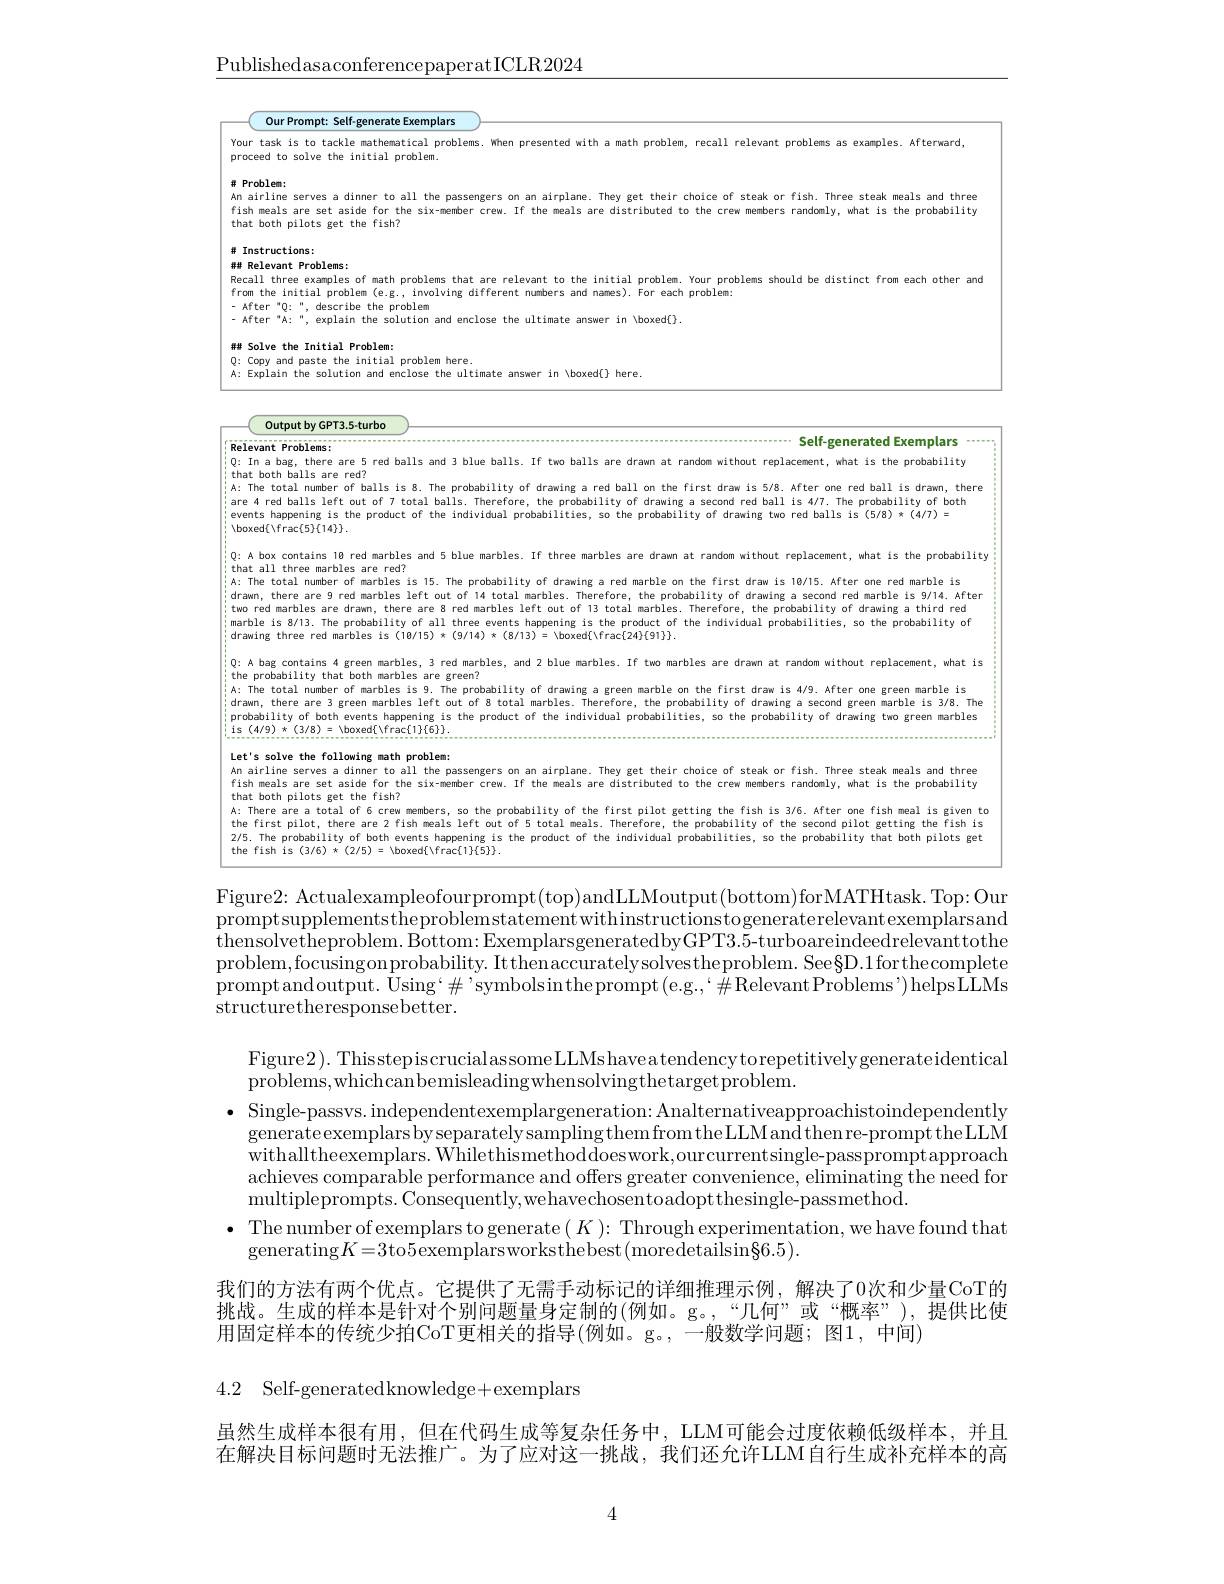
$\underline{\text{PublishedasaconferencepaperatICLR2024}}$

<table>
	<tbody>
		<tr>
			<td>$Yc$ pr T</td>
			<td>ask is to tackle mathematical problems. When presented with I a math p problem recall relevant p problems as examples. Afterward, d to solve the : initial problem</td>
		</tr>
		<tr>
			<td>$An$ fi th 排</td>
			<td>eals are set aside the probability three oth pilots get the fish? randomly, $:is$ ructions:</td>
		</tr>
	</tbody>
</table>

<table>
	<tbody>
		<tr>
			<td>Re</td>
			<td>Relevant Problems:</td>
			<td>$blems:$ Self-generated Exemplars</td>
		</tr>
		<tr>
			<td>0: th $A:$ art evi Vbi</td>
			<td>Q: In a bag, there are 5 red balls and 3 blue balls. If two balls are drawn at random without replacement, A: The total number of balls is 8. The probability of drawing a red ball on the first draw is 5/8. After o that both balls are red? are 4 red balls left out of 7 total balls. Therefore, the probability of drawing a second red ball is 4/7. events happening is the product of the individual probabilities, so the probability of drawing two red bal $\langle$boxed$\{\backslash$frac$\{5\}\{14\}\}.$</td>
			<td>there are 5 red balls and 3 blue balls. If two balls are drawn at random without replacement, what is the probability lls are red? number of balls is 8. The probability of drawing a red ball on the first draw is 5/8. After one red ball is drawn, there lls left out of 7 total balls. Therefore, the probability of drawing a second red ball is 4/7. The probability of both ning is the product of the individual probabilities, so the probability of drawing two red balls is (5/8) *(4/7) = $\{5\}\{14\}\}.$</td>
		</tr>
		<tr>
			<td>$Q:$ thi $A:$ dri twe ma dr</td>
			<td>Q: A box contains I B red marbles and 5 blue marbles. If three marbles are drawn at random without replacem that all three marbles are red? A: The total number of marbles is 15. The probability of drawing a red marble on the first draw is 10/15. drawn, there are 9 red marbles left out of 14 total marbles. Therefore, the probability of drawing a secon marble is 8/13. The probability of all three events happening is the product of the individual probabiliti two red marbles are drawn, there are 8 red marbles left out of 13 total marbles. Therefore, the probabilit drawing three red marbles is (10/15) $*(9/14)*(8/13)=\backslash$boxed$\{\backslash$frac$\{24\}\{91\}\}.$</td>
			<td>ee marbles are red? tains 18 red marbles and 5 blue marbles. If three marbles are drawn at random without replacement, what is the probability are 9 red marbles left out of 14 total marbles. Therefore, the probability of drawing a second red marble is 9/14. After les are drawn, there are 8 red marbles left out of 13 total marbles. Therefore, the probability of drawing a third red number of marbles is 15. The probability of drawing a red marble on the first draw is 10/15. After one red marble is 13. The probability of all three events happening is the product of the individual probabilities, so the probability of </td>
		</tr>
		<tr>
			<td>T 0 th $A:$ dr prt is</td>
			<td>Q: A bag contains 4 green marbles, 3 red marbles, and 2 blue marbles. If two marbles are drawn at random w A: The total number of marbles is 9. The probability of drawing a green marble on the first draw is 4/9. A the probability that both marbles are green? drawn, there are 3 green marbles left out of 8 total marbles. Therefore, the probability of drawing a seco probability of both events happening is the product of the individual probabilities, so the probability of </td>
			<td>tains 4 green marbles, 3 red marbles, and 2 blue marbles. If two marbles are drawn at random without replacement, what is ity that both marbles are green? are 3 green marbles left out of 8 total marbles. Therefore number of marbles is 9. The probability of drawing a green marble the first draw is 4/9. After one green marble is drawing a second green marble is 3/8. The of both events happening is the product of the individual 3/8) = $\backslash$boxed$\{\backslash$frac$\{1\}\{6\}\}.$ bability of drawing two green marbles</td>
		</tr>
		<tr>
			<td>Le $An$ $fi$ thi $A:$ the 2/! the</td>
			<td>Let's solve the following math problem: An airline serves a dinner to all the passengers on an airplane. They get their choice of steak or fish. T fish meals are set aside for the six-member crew. If the meals are distributed to the crew members randoml that both pilots get the fish? A: There are a total of 6 crew members, so the probability of the first pilot getting the fish is 3/6. Aft the first pilot, there are 2 fish meals left out of 5 total meals. Therefore, the probability of the secon 2/5. The probability of both events happening is the product of the individual probabilities, so the proba the fish is $(3/6)\star(2/5)=$ /boxed$\{\backslash$frac{1}$\}\{5\}\}.$</td>
			<td>the following math problem: re set aside for the six-member crew. If the meals are distributed to the crew members randomly, what is the probability erves a dinner to all the passengers on an airplane. They get their choice of steak or fish. Three steak meals and three lots get the fish? a total of 6 crew members, so the probability of the first pilot getting the fish is 3/6. After one fish meal is given to lot, there are 2 fish meals left out of 5 total meals. Therefore, the probability of the second pilot getting the fish is bability of both events happening is the product of the individual probabilities, so the probability that both pilots get $(3/6)\star(2/5)=$ Vboxed$\{$Vfrac$\{1\}\{5\}\}$</td>
		</tr>
	</tbody>
</table>

Figure2: Actualexampleofourprompt(top)andLLMoutput(bottom)forMATHtask. Top: Our promptsupplementstheproblemstatement withinstructionstogeneraterelevantexemplarsand $\begin{aligned}\text{thensolvetheproblem. Bottom: ExemplarsgeneratedbyGPT3.5-turboareindeedrelevanttothe}\\\text{thensolvetheproblem. Bottom: ExemplarsgeneratedbyGPT3.5-turboareindeedrelevanttothe}\end{aligned}$ problem,focusingonprobability. Itthenaccuratelysolvestheproblem. See§D.1forthecomplete promptandoutput. Using`#'symbolsintheprompt(e.g.,`#RelevantProblems')helpsLLMs structuretheresponsebetter.

Figure2). ThisstepiscrucialassomeLLMs haveatendency torepetitivelygenerateidentical
problems,whichcanbemisleadingwhensolvingthetargetproblem.
$\bullet$ Single-passvs. independentexemplargeneration: Analternativeapproachistoindependently
$generateexemplarsbyseparatelysamplingthemfromtheLLMandthenre-prompttheLLM$ withalltheexemplars. Whilethismethoddoeswork,ourcurrentsingle-passpromptapproach achieves comparable performance and offers greater convenience, eliminating the need for multipleprompts. Consequently,wehavechosentoadoptthesingle-passmethod.
$\bullet$ The number of exemplars to generate $(K){:}$ Through experimentation, we have found that
generating$K=3$to5exemplarsworksthebest(moredetailsin§6.5).
我们的方法有两个优点。它提供了无需手动标记的详细推理示例，解决了0次和少量CoT的挑战。生成的样本是针对个别问题量身定制的(例如。g。,“几何”或“概率”),提供比使用固定样本的传统少拍CoT更相关的指导(例如。g。,一般数学问题；图1，中间)

4.2 Self-generatedknowledge+exemplars

虽然生成样本很有用，但在代码生成等复杂任务中，LLM可能会过度依赖低级样本，并且在解决目标问题时无法推广。为了应对这一挑战，我们还允许LLM自行生成补充样本的高

4